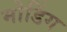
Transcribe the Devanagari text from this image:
मोडिंग